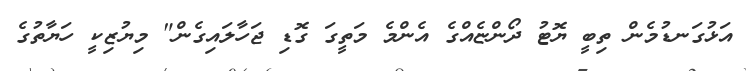
އަޅުގަނޑުމެން ތިބީ ޔޮޓު ދޯންޏެއްގެ އެންމެ މަތީގަ ގޮޑި ޖަހާލައިގެން" މިޔުޒިކީ ހަޔާތުގެ